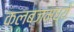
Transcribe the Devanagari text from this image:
क्लब्जमध्ये